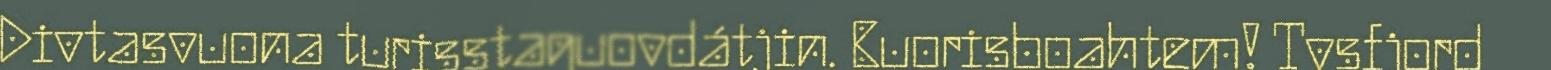
Divtasvuona turisstaguovdátjin. Buorisboahtem! Tysfjord